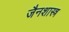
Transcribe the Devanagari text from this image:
जैनशास्त्र